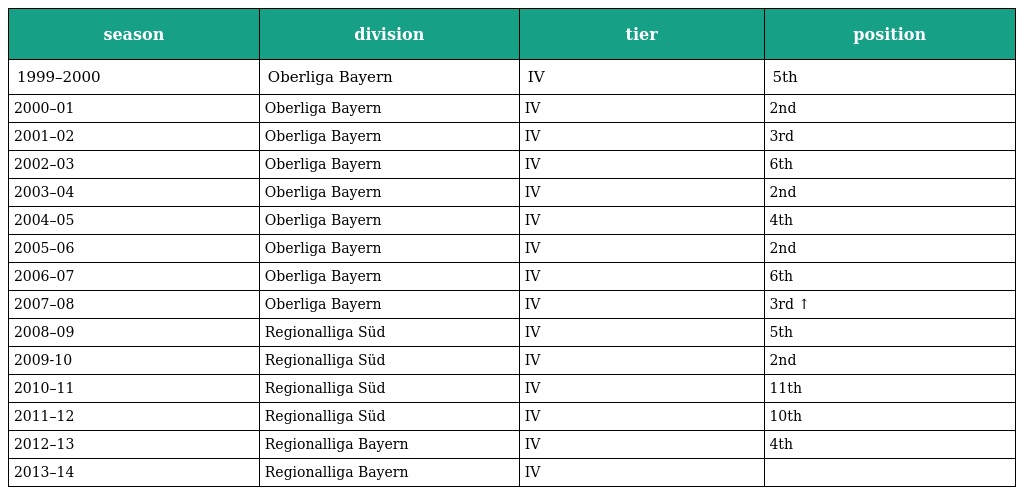
| season | division | tier | position |
 | --- | --- | --- | --- |
 | 1999–2000 | Oberliga Bayern | IV | 5th |
 | 2000–01 | Oberliga Bayern | IV | 2nd |
 | 2001–02 | Oberliga Bayern | IV | 3rd |
 | 2002–03 | Oberliga Bayern | IV | 6th |
 | 2003–04 | Oberliga Bayern | IV | 2nd |
 | 2004–05 | Oberliga Bayern | IV | 4th |
 | 2005–06 | Oberliga Bayern | IV | 2nd |
 | 2006–07 | Oberliga Bayern | IV | 6th |
 | 2007–08 | Oberliga Bayern | IV | 3rd ↑ |
 | 2008–09 | Regionalliga Süd | IV | 5th |
 | 2009-10 | Regionalliga Süd | IV | 2nd |
 | 2010–11 | Regionalliga Süd | IV | 11th |
 | 2011–12 | Regionalliga Süd | IV | 10th |
 | 2012–13 | Regionalliga Bayern | IV | 4th |
 | 2013–14 | Regionalliga Bayern | IV |  |